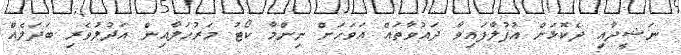
ނަޝީދާއި ދެކޮޅަށް އުފުލާފައިވާ ދައުވާތައް އަވަހަށް ނިންމާ ކޯޓު މަރުހަލާއިން އަދުލުވެރި ބަދަލެއް